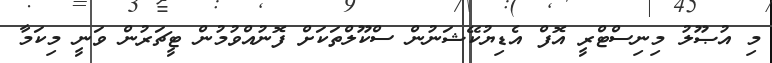
މި އުޞޫލު މިނިސްޓްރީ އޮފް އެޑިޔުކޭޝަނުން ސްކޫލްތަކަށް ފޮނުއްވުމުން ޓީޗަރުން ވަނީ މިކަމާ